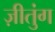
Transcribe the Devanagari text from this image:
ज़ीतुंग